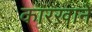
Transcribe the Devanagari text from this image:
कारख़ानें